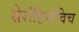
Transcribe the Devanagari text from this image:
सेरोडिनोविच